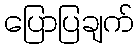
ပြောပြချက်